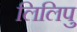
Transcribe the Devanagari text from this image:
लिलिपु